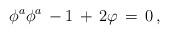
LaTeX: \begin{align*}\phi^a \phi^a\, -1\, +\, 2\varphi\, =\, 0\, ,\end{align*}